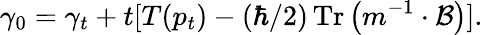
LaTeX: \gamma_{0}=\gamma_{t}+t[T(p_{t})-(\hbar/2)\operatorname{Tr}\left(m^{-1}\cdot\mathcal{B}\right)].